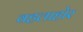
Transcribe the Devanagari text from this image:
वहलाहोर